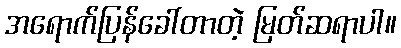
အရောက်ပြန်ခေါ်တာတဲ့ မြတ်ဆရာပါ။